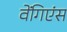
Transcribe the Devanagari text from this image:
वेंगिएंस